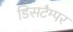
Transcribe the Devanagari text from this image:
डिसटैम्पर